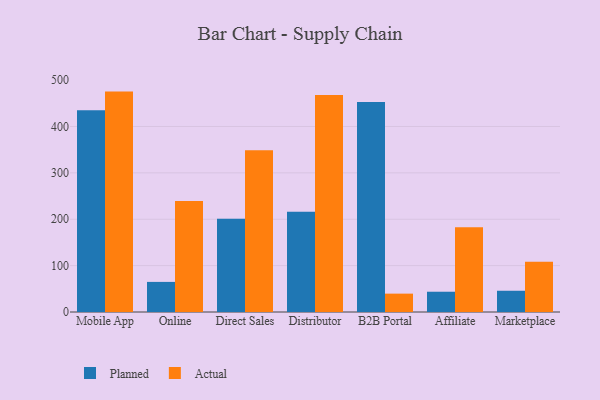
{"axis": {"x": "Channel", "y": "Inventory Turnover"}, "legend": ["Actual", "Planned"], "data": [{"x": "Mobile App", "y": 434.8, "type": "Planned"}, {"x": "Mobile App", "y": 475.2, "type": "Actual"}, {"x": "Online", "y": 64.9, "type": "Planned"}, {"x": "Online", "y": 239.5, "type": "Actual"}, {"x": "Direct Sales", "y": 200.9, "type": "Planned"}, {"x": "Direct Sales", "y": 348.6, "type": "Actual"}, {"x": "Distributor", "y": 216.2, "type": "Planned"}, {"x": "Distributor", "y": 468.0, "type": "Actual"}, {"x": "B2B Portal", "y": 452.6, "type": "Planned"}, {"x": "B2B Portal", "y": 39.6, "type": "Actual"}, {"x": "Affiliate", "y": 43.7, "type": "Planned"}, {"x": "Affiliate", "y": 182.8, "type": "Actual"}, {"x": "Marketplace", "y": 45.8, "type": "Planned"}, {"x": "Marketplace", "y": 108.4, "type": "Actual"}]}